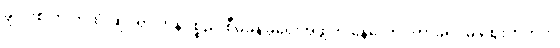
ချွိုင်းစ် က ကုထုံးဆိုင်ရာ ကုန်ပစ္စည်းစီမံခန့်ခွဲရေးအဖွဲ့ ကို နေလောင်ကာခရင်မ် ဈေးကွက်ကို